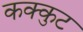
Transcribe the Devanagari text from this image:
कक्कुट